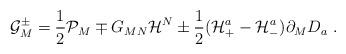
LaTeX: \begin{align*}{\cal G}^{\pm}_{M} = \frac{1}{2}{\cal P}_{M} \mp G_{MN}{\cal H}^{N} \pm \frac{1}{2}({\cal H}^{a}_{+} - {\cal H}^{a}_{-})\partial_{M}D_{a} \ .\end{align*}